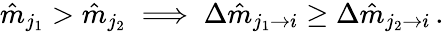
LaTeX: \hat{m}_{j_{1}}>\hat{m}_{j_{2}}\implies\Delta\hat{m}_{j_{1}\rightarrow i}\geq\Delta\hat{m}_{j_{2}\rightarrow i}\, .